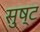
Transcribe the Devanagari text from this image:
सुष्ट